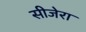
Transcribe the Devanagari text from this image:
सीजेरा